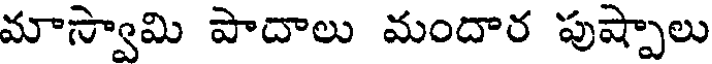
మాస్వామి పాదాలు మందార పుష్పాలు